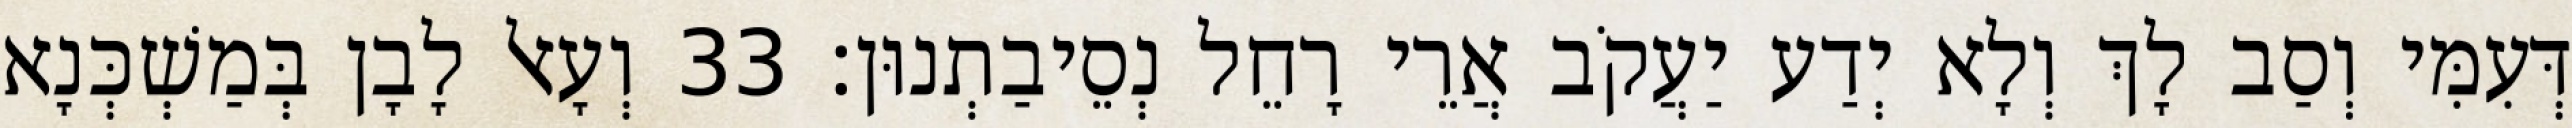
דְּעִמִּי וְסַב לָךְ וְלָא יְדַע יַעֲקֹב אֲרֵי רָחֵל נְסֵיבַתְנוּן׃ 33 וְעָאל לָבָן בְּמַשְׁכְּנָא